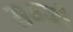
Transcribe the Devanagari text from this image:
सबजी